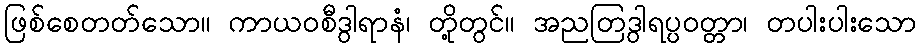
ဖြစ်စေတတ်သော။ ကာယဝစီဒွါရာနံ၊ တို့တွင်။ အညတြဒွါရပ္ပဝတ္တာ၊ တပါးပါးသော